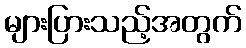
များပြားသည့်အတွက်